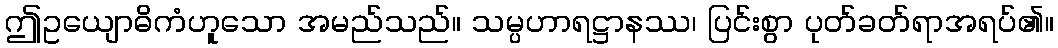
ဤဥယျောဓိကံဟူသော အမည်သည်။ သမ္ပဟာရဋ္ဌာနဿ၊ ပြင်းစွာ ပုတ်ခတ်ရာအရပ်၏။